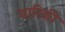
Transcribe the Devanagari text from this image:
बारिकी